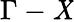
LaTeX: \Gamma-\mathit{X}